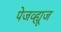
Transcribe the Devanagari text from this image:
पेजव्ह्यूज